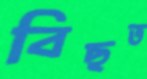
বিছত